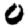
Digit: 0